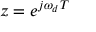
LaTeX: z = e ^ { j \omega _ { d } T }